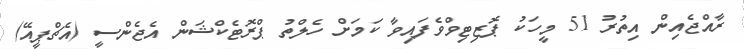
ރާއްޖެއިން އިތުރު 51 މީހަކު ޕޮޒިޓިވްވެފައިވާ ކަމަށް ހެލްތު ޕްރޮޓެކްޝަން އެޖެންސީ (އެޗްޕީއޭ)